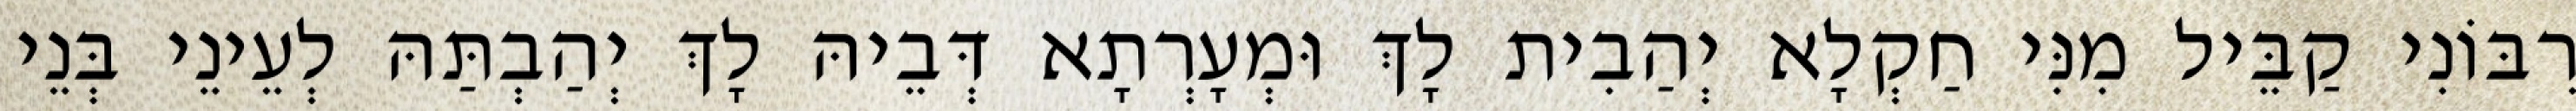
רִבּוֹנִי קַבֵּיל מִנִּי חַקְלָא יְהַבִית לָךְ וּמְעָרְתָא דְּבֵיהּ לָךְ יְהַבְתַּהּ לְעֵינֵי בְּנֵי